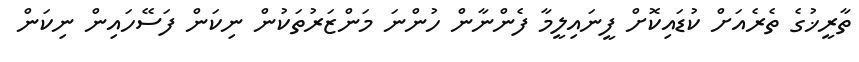
ތާރީޚުގެ ތެރެއަށް ކުޑައިކޮށް ފީނައިލީމާ ފެންނާން ހުންނަ މަންޒަރުތަކުން ނިކަން ފަސޭހައިން ނިކަން